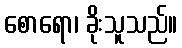
စောရော၊ ခိုးသူသည်။